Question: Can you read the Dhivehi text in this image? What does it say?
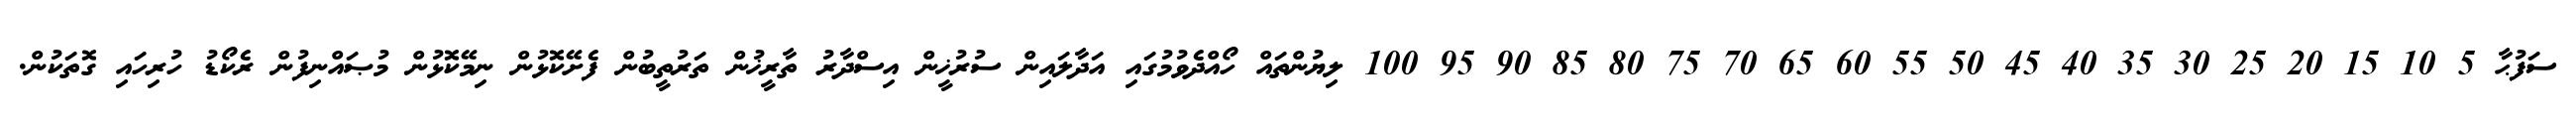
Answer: ސަފުޙާ 5 10 15 20 25 30 35 40 45 50 55 60 65 70 75 80 85 90 95 100 ލިޔުންތައް ހޯއްދެވުމުގައި އަދާލައިން ސުރުޚީން އިސްދާރު ތާރީޚުން ތަރުތީބުން ފެށޭކޮޅުން ނިމޭކޮޅުން މުޞައްނިފުން ރެކޯޑު ހުރިހައި ގޮތަކުން.